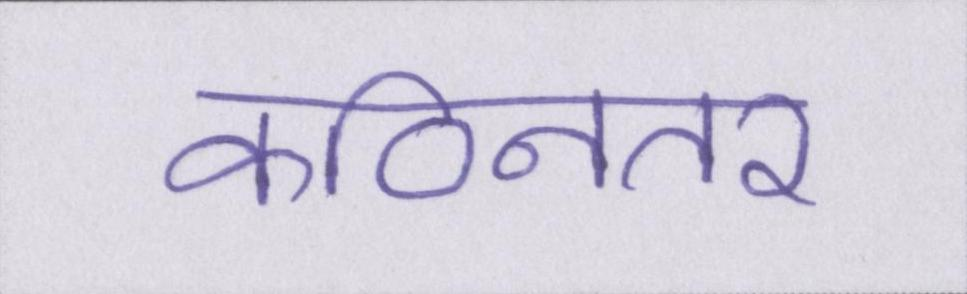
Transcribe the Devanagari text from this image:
कठिनतर